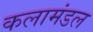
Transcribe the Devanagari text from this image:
कलामंडल